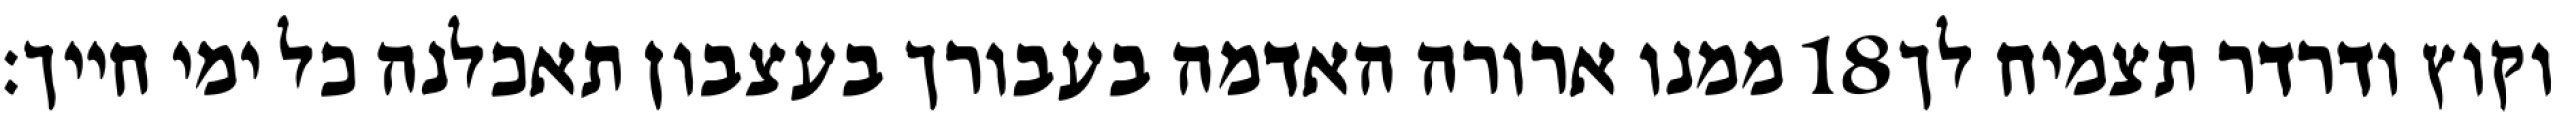
ממנו ארורה האדמה בעבורך בעצבון תאכלנה כל ימי חייך׃ ‎18‏ וקוץ ודרדר תצמיח לך